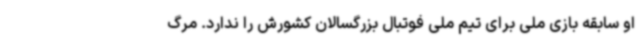
او سابقه بازی ملی برای تیم ملی فوتبال بزرگسالان کشورش را ندارد. مرگ